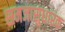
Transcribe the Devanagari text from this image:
समजासुधारक